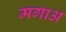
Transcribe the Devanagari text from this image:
मगाअ